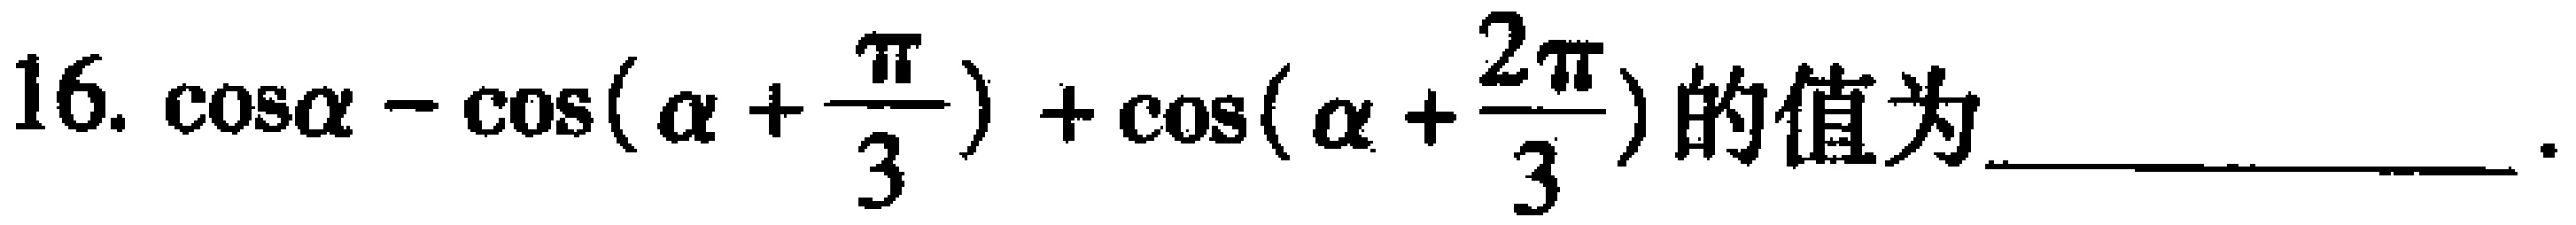
$16.\ \cos\alpha - \cos(\alpha +\frac{\pi}{3}) + \cos(\alpha +\frac{2\pi}{3})\text{的值为_____________}.$